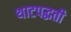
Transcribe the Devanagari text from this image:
थाटपद्धती